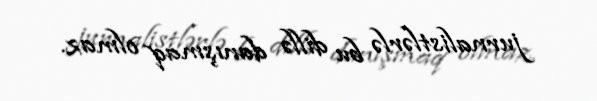
jurnalistlərlə bu dillə danışmaq olmaz.